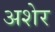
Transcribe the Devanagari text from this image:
अशेर